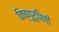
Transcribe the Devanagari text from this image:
विष्णुरूपिणी